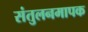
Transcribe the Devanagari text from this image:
संतुलनमापक